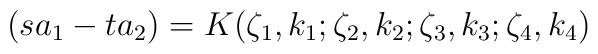
(s a_1 - t a_2) = K(\zeta_1,k_1;\zeta_2,k_2;\zeta_3,k_3;\zeta_4,k_4)